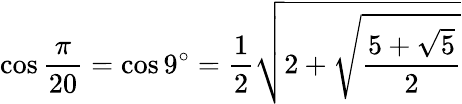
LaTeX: \cos{\frac{\pi}{20}}=\cos 9^{\circ}={\frac{1}{2}}{\sqrt{2+{\sqrt{\frac{5+{\sqrt{5}}}{2}}}}}